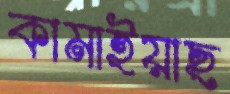
কামাইয়াছ